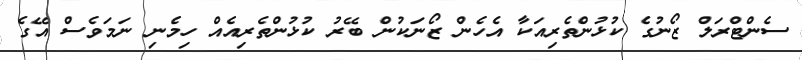
ސެންޓްރަލް ޒޯނުގެ ކުޅުންތެރިއަކާ އެހެން ޒޯނަކުން ބޭރު ކުޅުންތެރިއެއް ހިމެނި ނަމަވެސް އޭގެ